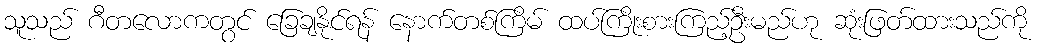
သူသည် ဂီတလောကတွင် ခြေချနိုင်ရန် နောက်တစ်ကြိမ် ထပ်ကြိုးစားကြည့်ဦးမည်ဟု ဆုံးဖြတ်ထားသည်ကို